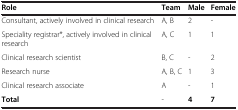
| Role | Team | Male | Female |
 | --- | --- | --- | --- |
 | Consultant, actively involved in clinical research | A, B | 2 | - |
 | Speciality registrar*, actively involved in clinical research | A, C | 1 | 1 |
 | Clinical research scientist | B, C | - | 2 |
 | Research nurse | A, B, C | 1 | 3 |
 | Clinical research associate | A | - | 1 |
 | Total | - | 4 | 7 |